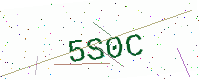
Text: 5S0C